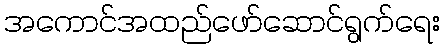
အကောင်အထည်ဖော်ဆောင်ရွက်ရေး